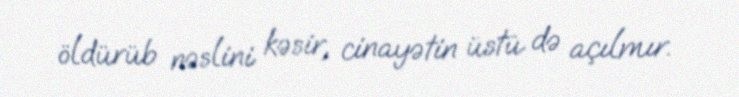
öldürüb nəslini kəsir, cinayətin üstü də açılmır.